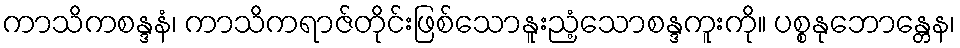
ကာသိကစန္ဒနံ၊ ကာသိကရာဇ်တိုင်းဖြစ်သောနူးညံ့သောစန္ဒကူးကို။ ပစ္စနုဘောန္တေန၊